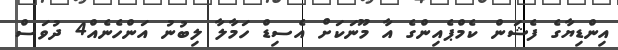
އިންޑިޔާގެ ފެޝަން ކެމްޕެއިންގެ އާ މޫނަކަށް އެސިޑް ހަމާލާ ލިބުނު އަންހެނެއް4 ދުވަސް